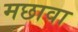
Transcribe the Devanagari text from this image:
मछावा